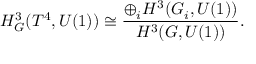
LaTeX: H _ { G } ^ { 3 } ( T ^ { 4 } , U ( 1 ) ) \cong \frac { \oplus _ { i } H ^ { 3 } ( G _ { i } , U ( 1 ) ) } { H ^ { 3 } ( G , U ( 1 ) ) } .